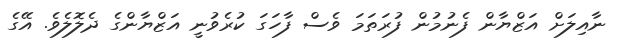
ނާއިލަށް އަޒްޔާން ފެނުމުން ފުރަތަމަ ވެސް ފާހަގަ ކުރެވުނީ އަޒްޔާންގެ ދެލޮލެވެ. އޭގެ